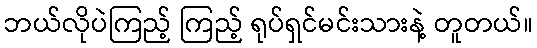
ဘယ်လိုပဲကြည့် ကြည့် ရုပ်ရှင်မင်းသားနဲ့ တူတယ်။